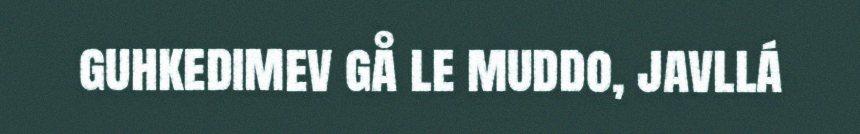
guhkedimev gå le muddo, javllá